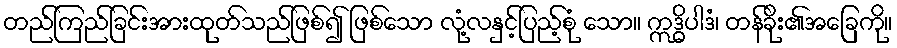
တည်ကြည်ခြင်းအားထုတ်သည်ဖြစ်၍ ဖြစ်သော လုံ့လနှင့်ပြည့်စုံ သော။ ဣဒ္ဓိပါဒံ၊ တန်ခိုး၏အခြေကို။